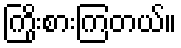
ကြိုးစားကြတယ်။